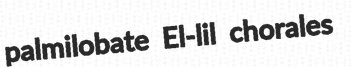
palmilobate El-lil chorales